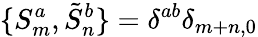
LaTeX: \{ S_{m}^{a},\tilde{S}_{n}^{b}\} =\delta^{ab}\delta_{m+n,0}